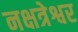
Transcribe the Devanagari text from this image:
नक्षत्रेश्वर